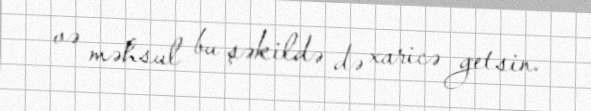
və məhsul bu şəkildə də xaricə getsin.